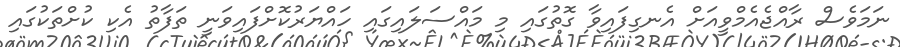
ނަމަވެސް ރާއްޖެއެމްވީއަށް އެނގިފައިވާ ގޮތުގައި މި މައްސަލައިގައި ހައްޔަރުކޮށްފައިވަނީ ތަފާތު އެކި ކުށްތަކުގައި